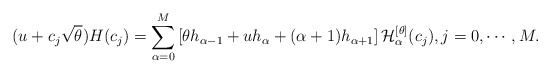
\begin{align*} (u + c_j \sqrt{\theta}) H(c_j) = \sum_{\alpha=0}^M \left[ \theta h_{\alpha-1} + u h_{\alpha} + (\alpha + 1) h_{\alpha + 1}\right] \mathcal{H}^{[\theta]}_{\alpha} (c_j), j = 0, \cdots, M.\end{align*}